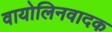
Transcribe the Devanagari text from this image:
वायोलिनवादक